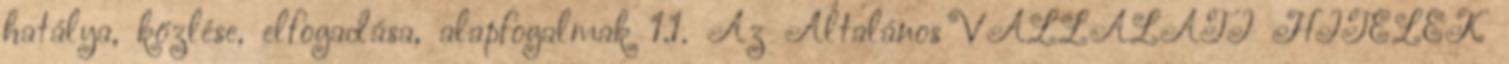
hatálya, közlése, elfogadása, alapfogalmak 1.1. Az Általános VÁLLALATI HITELEK